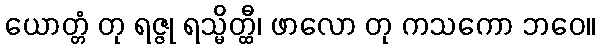
ယောတ္တံ တု ရဇ္ဇု ရသ္မိတ္ထီ၊ ဖာလော တု ကသကော ဘဝေ။